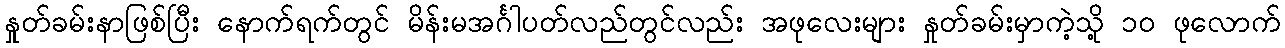
နှုတ်ခမ်းနာဖြစ်ပြီး နောက်ရက်တွင် မိန်းမအင်္ဂါပတ်လည်တွင်လည်း အဖုလေးများ နှုတ်ခမ်းမှာကဲ့သို့ ၁၀ ဖုလောက်